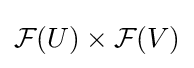
{\mathcal {F}}(U)\times {\mathcal {F}}(V)